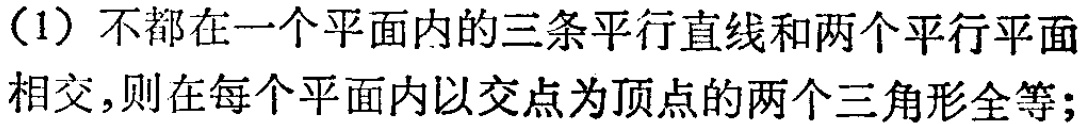
（1）不都在一个平面内的三条平行直线和两个平行平面相交，则在每个平面内以交点为顶点的两个三角形全等；